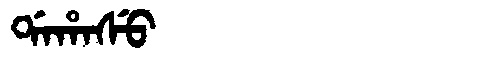
Manchu: ᡩᠠᡥᠠᠰᡠ
Romanization: DAHASU